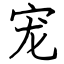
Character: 宠